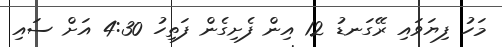
މަހު ފިޔަވައި ރޭގަނޑު 12 އިން ފެށިގެން ފަތިހު 4:30 އަށް ސައި